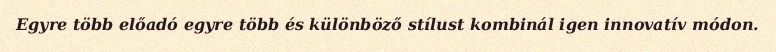
Egyre több előadó egyre több és különböző stílust kombinál igen innovatív módon.